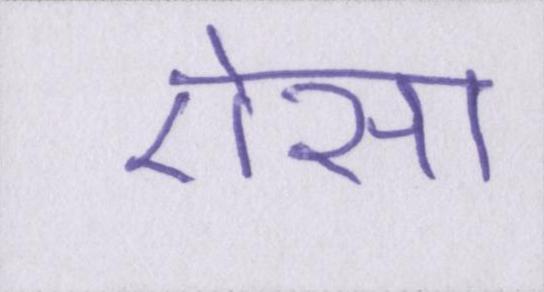
ऎसा